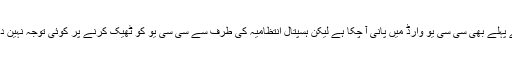
اس سے پہلے بھی سی سی یو وارڈ میں پانی آ چکا ہے لیکن ہسپتال انتظامیہ کی طرف سے سی سی یو کو ٹھیک کرنے پر کوئی توجہ نہین دی گئی۔